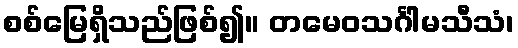
စစ်မြေရှိသည်ဖြစ်၍။ တမေဝသင်္ဂါမသီသံ၊